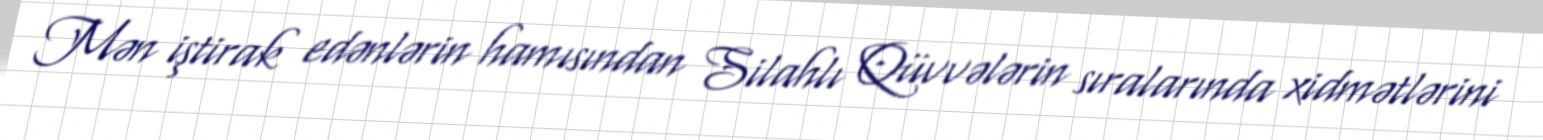
Mən iştirak edənlərin hamısından Silahlı Qüvvələrin sıralarında xidmətlərini